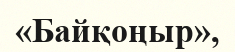
«Байқоңыр»,